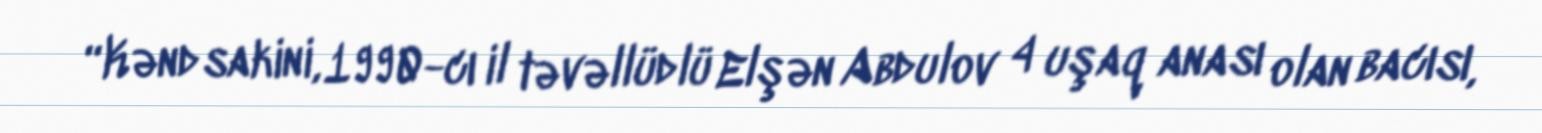
“Kənd sakini, 1990-cı il təvəllüdlü Elşən Abdulov 4 uşaq anası olan bacısı,